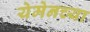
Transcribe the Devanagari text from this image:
येमेनच्या